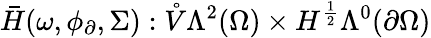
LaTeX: \bar{H}(\omega,\phi_{\partial},\Sigma):\mathring{V}\Lambda^{2}(\Omega)\times H^{\frac{1}{2}}\Lambda^{0}(\partial\Omega)